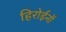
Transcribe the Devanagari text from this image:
हिरोईनों